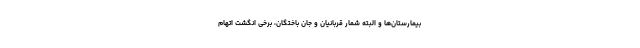
بیمارستان‌ها و البته شمار قربانیان و جان باختگان، برخی انگشت اتهام